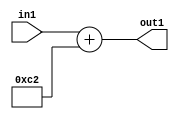
`timescale 1ps / 1ps
/*****************************************************************************
    Verilog RTL Description
    
    
    Created by: Stratus DpOpt 2019.1.01 
*******************************************************************************/

module DC_Filter_Add_12U_17_4 (
	in1,
	out1
	); /* architecture "behavioural" */ 
input [11:0] in1;
output [11:0] out1;
wire [11:0] asc001;

assign asc001 = 
	+(in1)
	+(12'B000011000010);

assign out1 = asc001;
endmodule

/* CADENCE  urn0SA0= : u9/ySgnWtBlWxVPRXgAZ4Og= ** DO NOT EDIT THIS LINE ******/